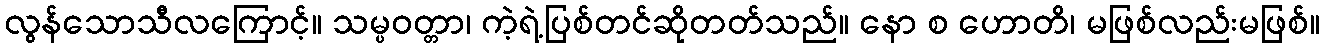
လွန်သောသီလကြောင့်။ သမ္ပဝတ္တာ၊ ကဲ့ရဲ့ပြစ်တင်ဆိုတတ်သည်။ နော စ ဟောတိ၊ မဖြစ်လည်းမဖြစ်။